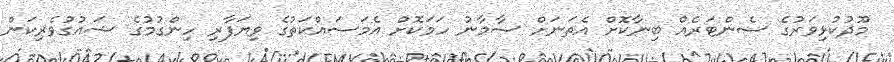
މޫދުކުޅިވަރުގެ ސެންޓަރެއް ބިނާކޮށް އެތަނަށް ސާމާނު ހަމަކޮށް އެމަސައްކަތުގެ ވިޔަފާރި ހިންގުމުގެ ޝައުގުވެރިކަން